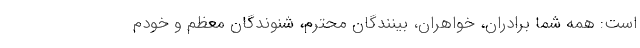
است: همه شما برادران، خواهران، بینندگان محترم، شنوندگان معظم و خودم